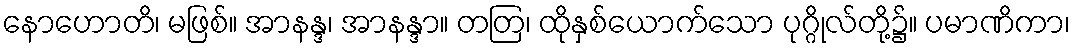
နောဟောတိ၊ မဖြစ်။ အာနန္ဒ၊ အာနန္ဒာ။ တတြ၊ ထိုနှစ်ယောက်သော ပုဂ္ဂိုလ်တို့၌။ ပမာဏိကာ၊